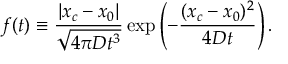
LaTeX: f ( t ) \equiv { \frac { | x _ { c } - x _ { 0 } | } { \sqrt { 4 \pi D t ^ { 3 } } } } \exp \left( - { \frac { ( x _ { c } - x _ { 0 } ) ^ { 2 } } { 4 D t } } \right) .